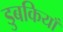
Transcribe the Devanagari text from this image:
डुबकियाँ